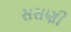
સસણી